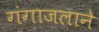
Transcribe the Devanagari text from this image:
गंगाजलाने